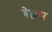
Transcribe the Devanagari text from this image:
बेल्लस